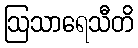
ဩသာရေသီတိ